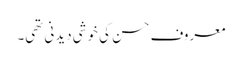
معروف حسن کی خوشی دیدنی تھی۔